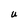
Character: U